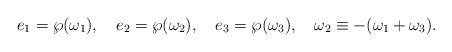
LaTeX: \begin{align*}e_1=\wp(\omega_1),\quad e_2=\wp(\omega_2),\quad e_3=\wp(\omega_3),\quad \omega_2\equiv -(\omega_1+\omega_3). \end{align*}